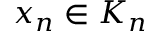
x _ { n } \in K _ { n }